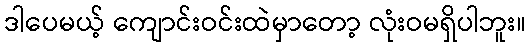
ဒါပေမယ့် ကျောင်းဝင်းထဲမှာတော့ လုံးဝမရှိပါဘူး။